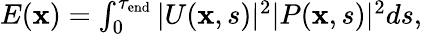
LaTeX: \begin{array}{r}{E(\mathbf x)=\int_{0}^{\tau_{\mathrm{end}}}|U(\mathbf x,s)|^{2}|P(\mathbf x,s)|^{2}ds,}\end{array}